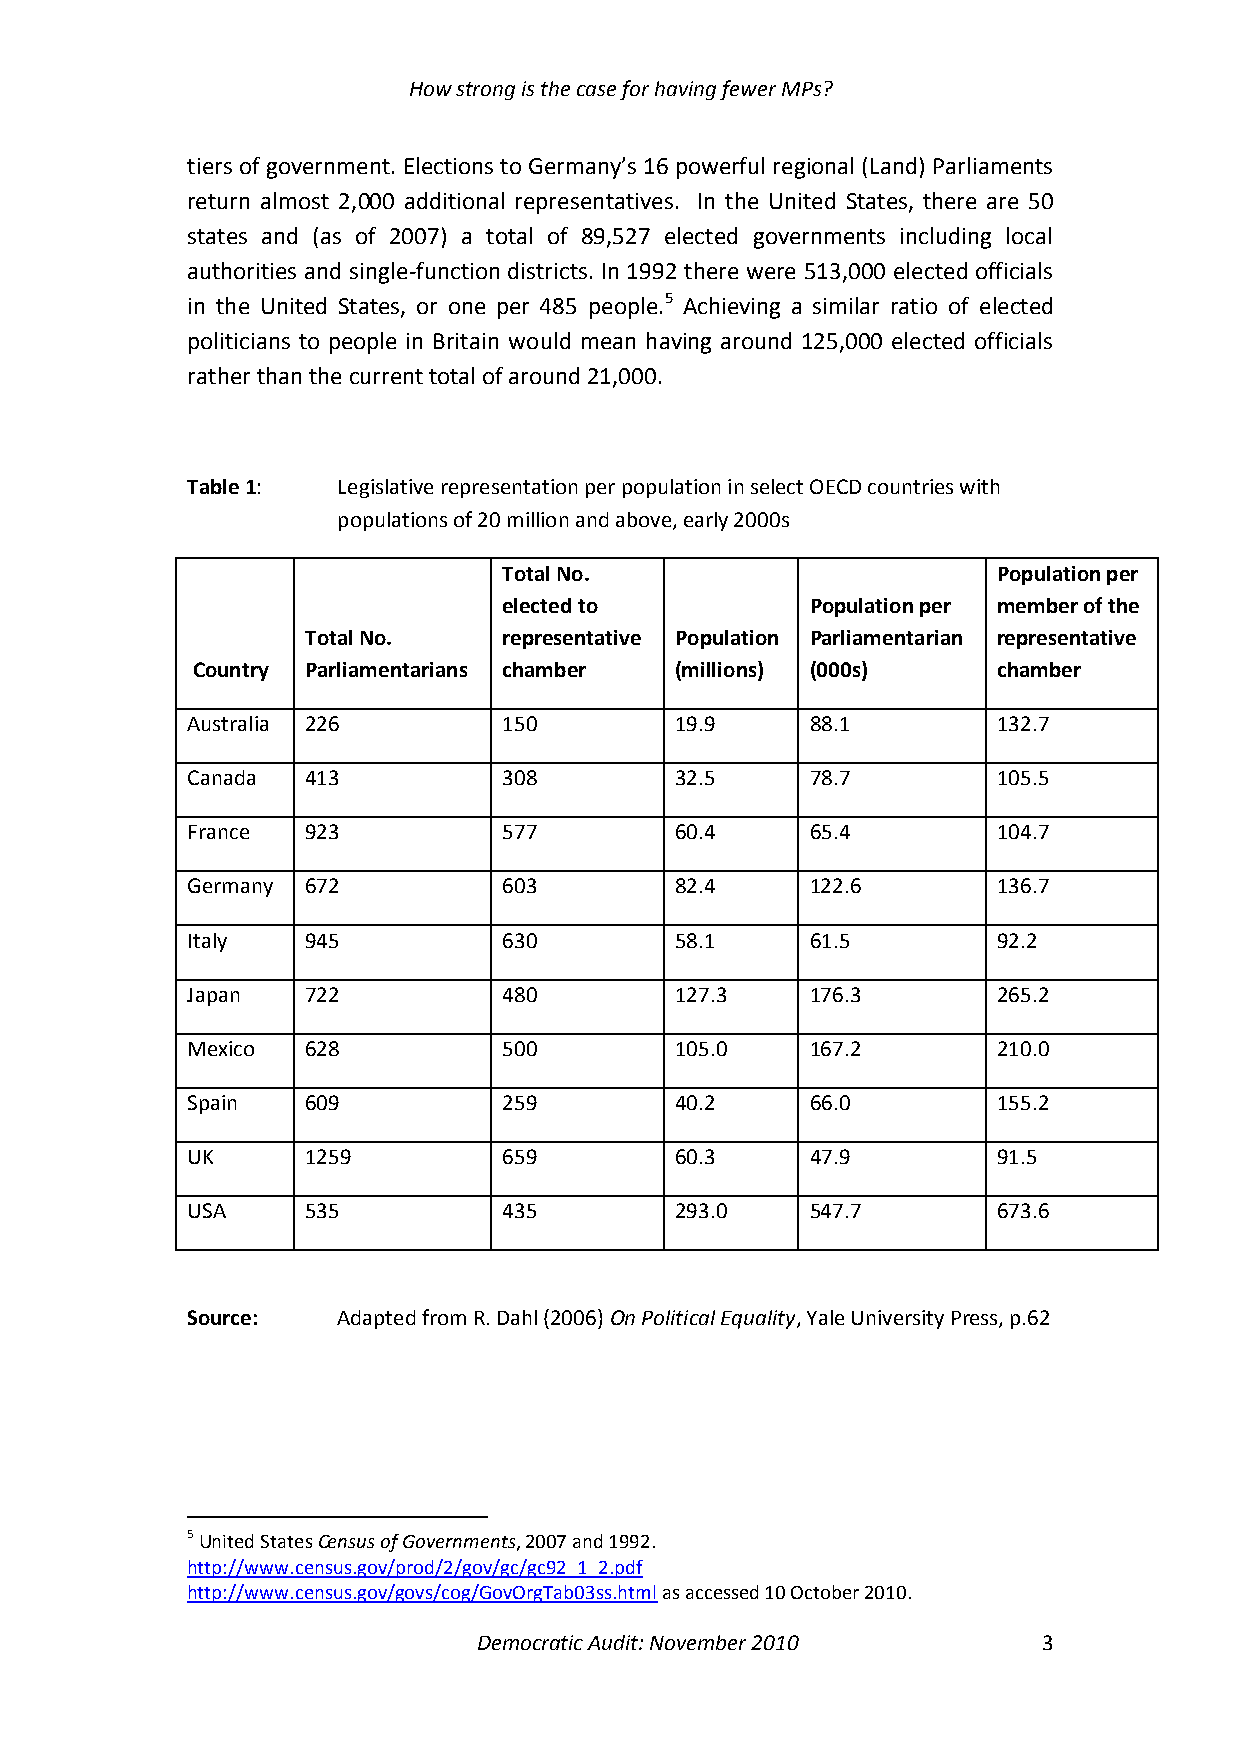
How strong is the case for having fewer MPs?
 tiers of government. Elections to Germany’s 16 powerful regional (Land) Parliaments
 return almost 2,000 additional representatives. In the United States, there are 50
 states and (as of 2007) a total of 89,527 elected governments including local
 authorities and single-function districts. In 1992 there were 513,000 elected officials
 in the United States, or one per 485 people.5 Achieving a similar ratio of elected
 politicians to people in Britain would mean having around 125,000 elected officials
 rather than the current total of around 21,000.
 Table 1:  Legislative representation per population in select OECD countries with
 populations of 20 million and above, early 2000s
 Total No.                        Population per
 elected to           Population per member of the
 Total No.    representative Population Parliamentarian representative
 Country Parliamentarians chamber (millions) (000s)   chamber
 Australia 226        150         19.9     88.1        132.7
 Canada  413          308         32.5     78.7        105.5
 France  923          577         60.4     65.4        104.7
 Germany 672          603         82.4     122.6       136.7
 Italy   945          630         58.1     61.5        92.2
 Japan   722          480         127.3    176.3       265.2
 Mexico  628          500         105.0    167.2       210.0
 Spain   609          259         40.2     66.0        155.2
 UK      1259         659         60.3     47.9        91.5
 USA     535          435         293.0    547.7       673.6
 Source:   Adapted from R. Dahl (2006) On Political Equality, Yale University Press, p.62
 5 United States Census of Governments, 2007 and 1992.
 http://www.census.gov/prod/2/gov/gc/gc92_1_2.pdf
 http://www.census.gov/govs/cog/GovOrgTab03ss.html as accessed 10 October 2010.
 Democratic Audit: November 2010      3